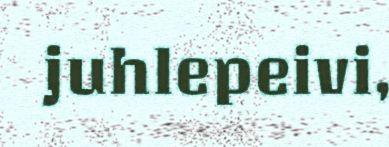
juhlepeivi,